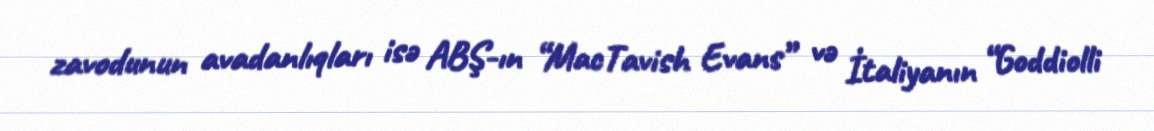
zavodunun avadanlıqları isə ABŞ-ın “MacTavish Evans” və İtaliyanın “Goddiolli